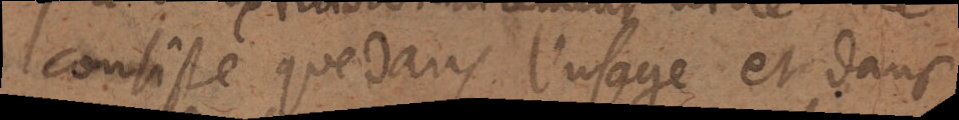
consiste que dans l’usage et dans